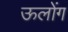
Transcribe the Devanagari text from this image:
ऊलोंग